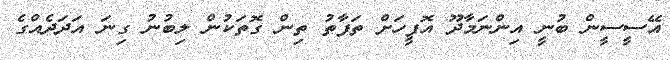
އޭސީސީން ބުނީ އިންނަމާދޫ އޮފީހަށް ތަފާތު ތިން ގޮތަކުން ލިބުނު ގިނަ އަދަދެއްގެ